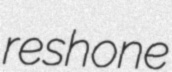
reshone